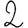
Digit: 2